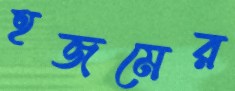
হজমের